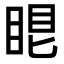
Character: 𥆢